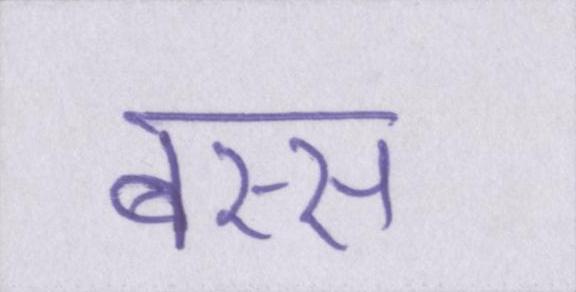
बस्स